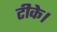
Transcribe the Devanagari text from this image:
टीके।